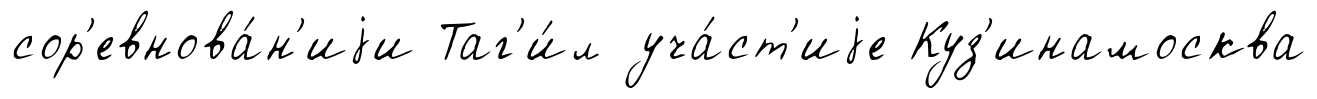
сор'евнова́н'иjи Таг'и́л уча́ст'иjе Куз'инамосква